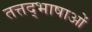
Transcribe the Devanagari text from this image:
तत्तद्भाषाओं